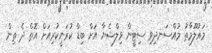
މައުލޫމާތު މުއްސަނދިވި ސިޓީން ވިލްޝެޔާ އަށް ބިޑް ކުރަނީކުރިއަށް އޮތް ދެ ތިން